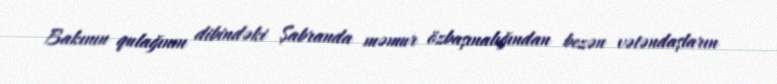
Bakının qulağının dibindəki Şabranda məmur özbaşınalığından bezən vətəndaşların